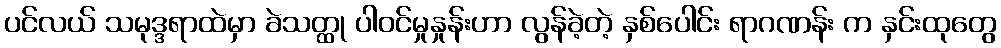
ပင်လယ် သမုဒ္ဒရာထဲမှာ ခဲသတ္ထု ပါဝင်မှုနှုန်းဟာ လွန်ခဲ့တဲ့ နှစ်ပေါင်း ရာဂဏန်း က နှင်းထုတွေ